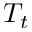
T _ { t }